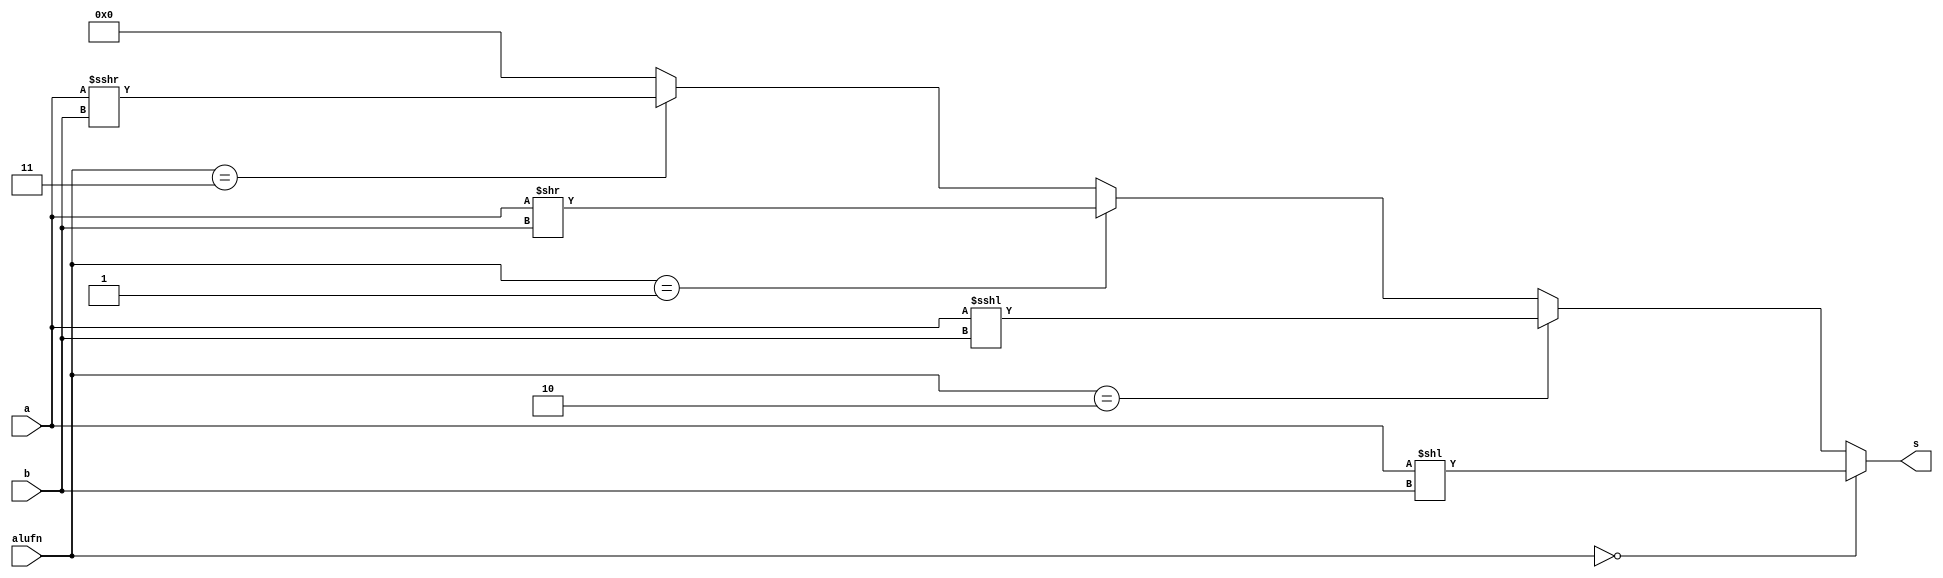
/*
   This file was generated automatically by the Mojo IDE version B1.3.6.
   Do not edit this file directly. Instead edit the original Lucid source.
   This is a temporary file and any changes made to it will be destroyed.
*/

module shifter_16bit_8 (
    input [15:0] a,
    input [3:0] b,
    input [1:0] alufn,
    output reg [15:0] s
  );
  
  
  
  always @* begin
    s[0+15-:16] = 1'h0;
    if (alufn[0+1-:2] == 2'h3) begin
      s[0+15-:16] = $signed(a[0+15-:16]) >>> b[0+3-:4];
    end
    if (alufn[0+1-:2] == 2'h1) begin
      s[0+15-:16] = a[0+15-:16] >> b[0+3-:4];
    end
    if (alufn[0+1-:2] == 2'h2) begin
      s[0+15-:16] = a[0+15-:16] <<< b[0+3-:4];
    end
    if (alufn[0+1-:2] == 2'h0) begin
      s[0+15-:16] = a[0+15-:16] << b[0+3-:4];
    end
  end
endmodule